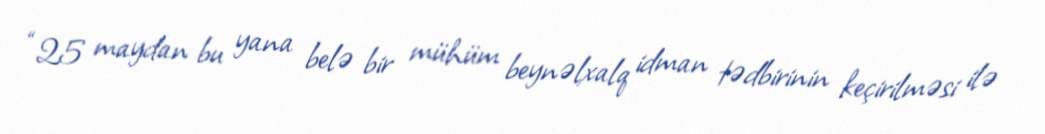
“25 maydan bu yana belə bir mühüm beynəlxalq idman tədbirinin keçirilməsi ilə